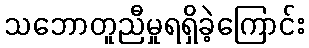
သဘောတူညီမှုရရှိခဲ့ကြောင်း